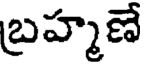
బ్రహ్మణే